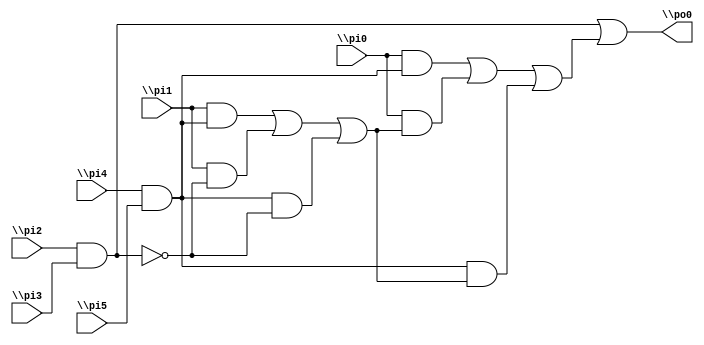
module ex( \pi0 , \pi1 , \pi2 , \pi3 , \pi4 , \pi5 , \po0 );
  input \pi0 , \pi1 , \pi2 , \pi3 , \pi4 , \pi5 ;
  output \po0 ;
  wire zero , w7 , w8 , w9 , w10 , w11 ;
  assign zero = 0;
  assign w7 = \pi4 & \pi5 ;
  assign w8 = \pi2 & \pi3 ;
  assign w9 = ( \pi1 & w7 ) | ( \pi1 & ~w8 ) | ( w7 & ~w8 ) ;
  assign w10 = ( \pi0 & w7 ) | ( \pi0 & w9 ) | ( w7 & w9 ) ;
  assign w11 = w8 | w10 ;
  assign \po0 = w11 ;
endmodule